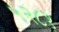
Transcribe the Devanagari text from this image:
५२८१